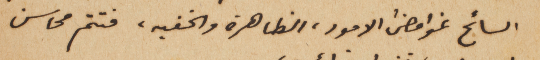
السائح غوامضُ الامور، الظاهرة والخفيه،  فتتم محاسن